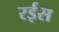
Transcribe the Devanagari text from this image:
रर्इस